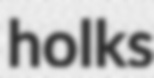
holks